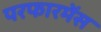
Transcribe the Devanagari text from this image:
परफारमेंस